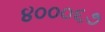
૪૦૦૦૬૭